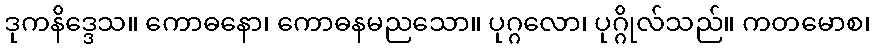
ဒုကနိဒ္ဒေသ။ ကောဓနော၊ ကောဓနမညသော။ ပုဂ္ဂလော၊ ပုဂ္ဂိုလ်သည်။ ကတမောစ၊